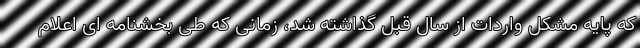
که پایه مشکل واردات از سال قبل گذاشته شد، زمانی که طی بخشنامه ای اعلام